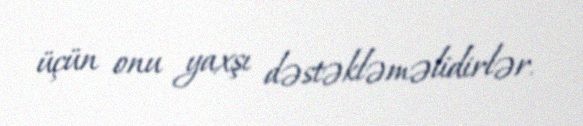
üçün onu yaxşı dəstəkləməlidirlər.